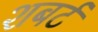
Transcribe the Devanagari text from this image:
शबर्ट